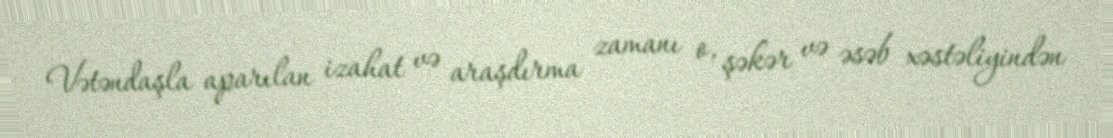
Vətəndaşla aparılan izahat və araşdırma zamanı o, şəkər və əsəb xəstəliyindən